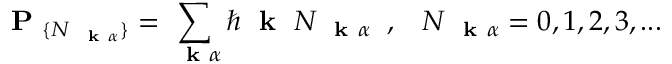
\mathrm { ~ \bf ~ P ~ } _ { \{ N _ { \mathrm { ~ \bf ~ k ~ } \alpha } \} } = \sum _ { \mathrm { ~ \bf ~ k ~ } \alpha } \hbar \mathrm { ~ \bf ~ k ~ } \; N _ { \mathrm { ~ \bf ~ k ~ } \alpha } \; \; , \; \; \; N _ { \mathrm { ~ \bf ~ k ~ } \alpha } = 0 , 1 , 2 , 3 , . . .